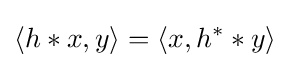
\langle h*x,y\rangle =\langle x,h^{*}*y\rangle